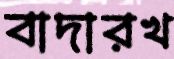
বাদারখ